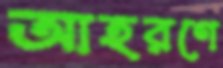
আহরণে